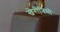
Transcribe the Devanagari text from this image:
खेरोनिमो